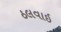
ઠલવાઇ